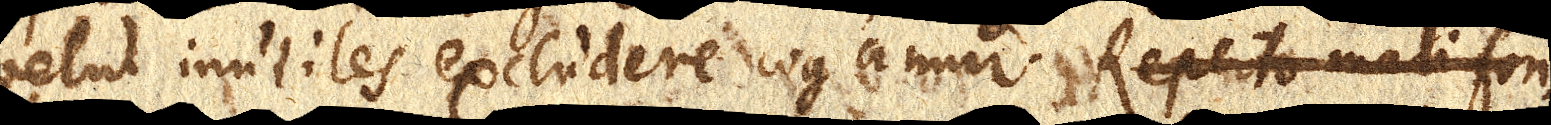
velut inutiles excludere cogamur. Reperto mali fon